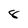
Character: 8